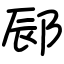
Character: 䣅